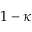
1 - \kappa